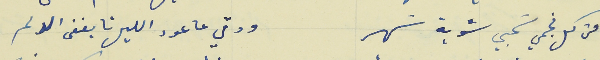
من كل نجمي سَحبي شوية سَهر                                    ودقي عا عود الليل تا يغفى الالم